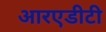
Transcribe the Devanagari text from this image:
आरएडीटी